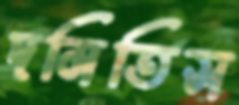
দমিতিস